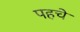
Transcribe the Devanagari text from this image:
पहचे